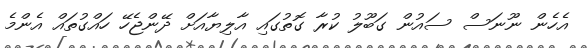
އެހެން ނޫނަސް ސައުން ގަބޫލު ކުރާ ގޮތުގައި އާލިޔާއަށް ދޭންޖެހޭ ހައްގުތައް އެންމެ